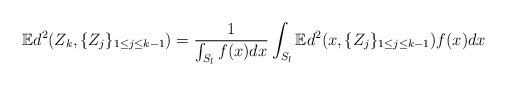
LaTeX: \begin{align*}\mathbb{E}d^2(Z_k,\{Z_j\}_{1 \leq j \leq k-1}) = \frac{1}{\int_{S_l} f(x) dx} \int_{S_l} \mathbb{E}d^2(x,\{Z_j\}_{1 \leq j \leq k-1}) f(x) dx\end{align*}